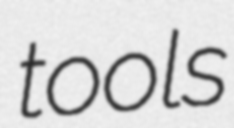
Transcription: tools